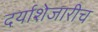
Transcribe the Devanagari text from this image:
दर्याशेजारीच